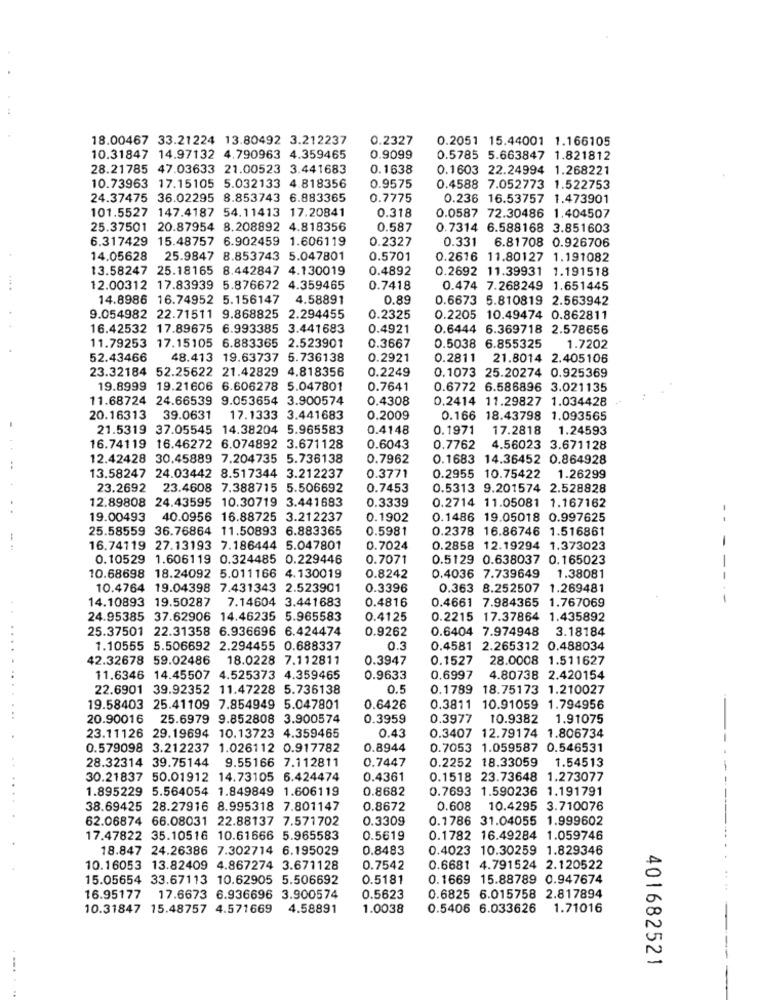
18.00467 33.21224 13.80492 3.212237
0.2327
0.2051 15.44001 1.166105
10.31847 14.97132 4.790963 4.359465
0.9099
0.5785 5.663847 1.821812
28.21785 47.03633 21.00523 3.441683
0.1638
0.1603 22.24994 1.268221
0.9575
10.73963 17.15105 5.032133 4.818356
0.4588 7.052773 1.522753
24.37475 36.02295 8.853743 6.883365
0.7775
0.236 16.53757 1.473901
101.5527 147.4187 54.11413 17.20841
0.318
0.0587 72.30486 1.404507
25.37501 20.87954 8.208892 4.818356
0.587
0.7314 6.588168 3.851603
6.317429 15.48757 6.902459 1.606119
0.2327
0.331 6.81708 0.926706
14.05628
25.9847 8.853743 5.047801
0.5701
0.2616 11.80127 1.191082
13.58247 25.18165 8.442847 4.130019
0.4892
0.2692 11.39931 1.191518
12.00312 17.83939 5.876672 4.359465
0.7418
0.474 7.268249 1.651445
14.8986 16.74952 5.156147 4.58891
0.89
0.6673 5.810819 2.563942
9.054982 22.71511 9.868825 2.294455
0.2325
0.2205 10.49474 0.862811
16.42532 17.89675 6.993385 3.441683
0.4921
0.6444 6.369718 2.578656
1.7202
11.79253 17.15105 6.883365 2.523901
0.3667
0.5038 6.855325
52.43466
48.413 19.63737 5.736138
0.2921
0.2811 21.8014 2.405106
23.32184 52.25622 21.42829 4.818356
0.2249
0.1073 25.20274 0.925369
19.8999 19.21606 6.606278 5.047801
0.7641
0.6772 6.586896 3.021135
11.68724 24.66539 9.053654 3.900574
0.4308
0.2414 11.29827 1.034428 -
20.16313
39.0631
17.1333 3.441683
0.2009
0.166 18.43798 1.093565
21.5319 37.05545 14.38204 5.965583
0.4148
0.1971
17.2818 1.24593
16.74119 16.46272 6.074892 3.671128
0.6043
0.7762
4.56023 3.671128
12.42428 30.45889 7.204735 5.736138
0.7962
0.1683 14.36452 0.864928
0.3771
13.58247 24.03442 8.517344 3.212237
0.2955 10.75422 1.26299
23.2692 23.4608 7.388715 5.506692
0.7453
0.5313 9.201574 2.528828
12.89808 24.43595 10.30719 3.441683
0.3339
0.2714 11.05081 1.167162
-
19.00493
40.0956 16.88725 3.212237
0.1902
0.1486 19.05018 0.997625
25.58559 36.76864 11.50893 6.883365
0.5981
0.2378 16.86746 1.516861
16.74119 27.13193 7.186444 5.047801
0.7024
0.2858 12.19294 1.373023
0.10529 1.606119 0.324485 0.229446
0.7071
0.5129 0.638037 0.165023
10.68698 18.24092 5.011166 4.130019
0.8242
0.4036 7.739649 1.38081
--
10.4764 19.04398 7.431343 2.523901
0.3396
0.363 8.252507 1.269481
14.10893 19.50287 7.14604 3.441683
0.4816
0.4661 7.984365 1.767069
24.95385 37.62906 14.46235 5.965583
0.4125
0.2215 17.37864 1.435892
25.37501 22.31358 6.936696 6.424474
0.9262
0.6404 7.974948 3.18184
1.10555 5.506692 2.294455 0.688337
0.3
0.4581 2.265312 0.488034
42.32678 59.02486
18.0228 7.112811
0.3947
0.1527
28.0008 1.511627
11.6346 14.45507 4.525373 4.359465
0.9633
0.6997
4.80738 2.420154
22.6901 39.92352 11.47228 5.736138
0.5
0.1789 18.75173 1.210027
19.58403 25.41109 7.854949 5.047801
0.6426
0.3811 10.91059 1.794956
20.90016 25.6979 9.852808 3.900574
0.3959
0.3977
10.9382 1.91075
0.43
23.11126 29.19694 10.13723 4.359465
0.3407 12.79174 1.806734
0.579098 3.212237 1.026112 0.917782
0.8944
0.7053 1.059587 0.546531
28.32314 39.75144 9.55166 7.112811
0.7447
0.2252 18.33059 1.54513
30.21837 50.01912 14.73105 6.424474
0.4361
0.1518 23.73648 1.273077
1.895229 5.564054 1.849849 1.606119
0.8682
0.7693 1.590236 1.191791
38.69425 28.27916 8.995318 7.801147
0.8672
0.608 10.4295 3.710076
62.06874 66.08031 22.88137 7.571702
0.3309
0.1786 31.04055 1.999602
17.47822 35.10516 10.61666 5.965583
0.5619
0.1782 16.49284 1.059746
18.847 24.26386 7.302714 6.195029
0.8483
0.4023 10.30259 1.829346
10.16053 13.82409 4.867274 3.671128
0.7542
0.6681 4.791524 2.120522
15.05654 33.67113 10.62905 5.506692
0.5181
0.1669 15.88789 0.947674
16.95177 17.6673 6.936696 3.900574
0.5623
0.6825 6.015758 2.817894
10.31847 15.48757 4.571669
4.58891
1.0038
0.5406 6.033626
1.71016
401682521